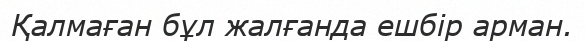
Қалмаған бұл жалғанда ешбір арман.